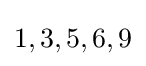
1,3,5,6,9